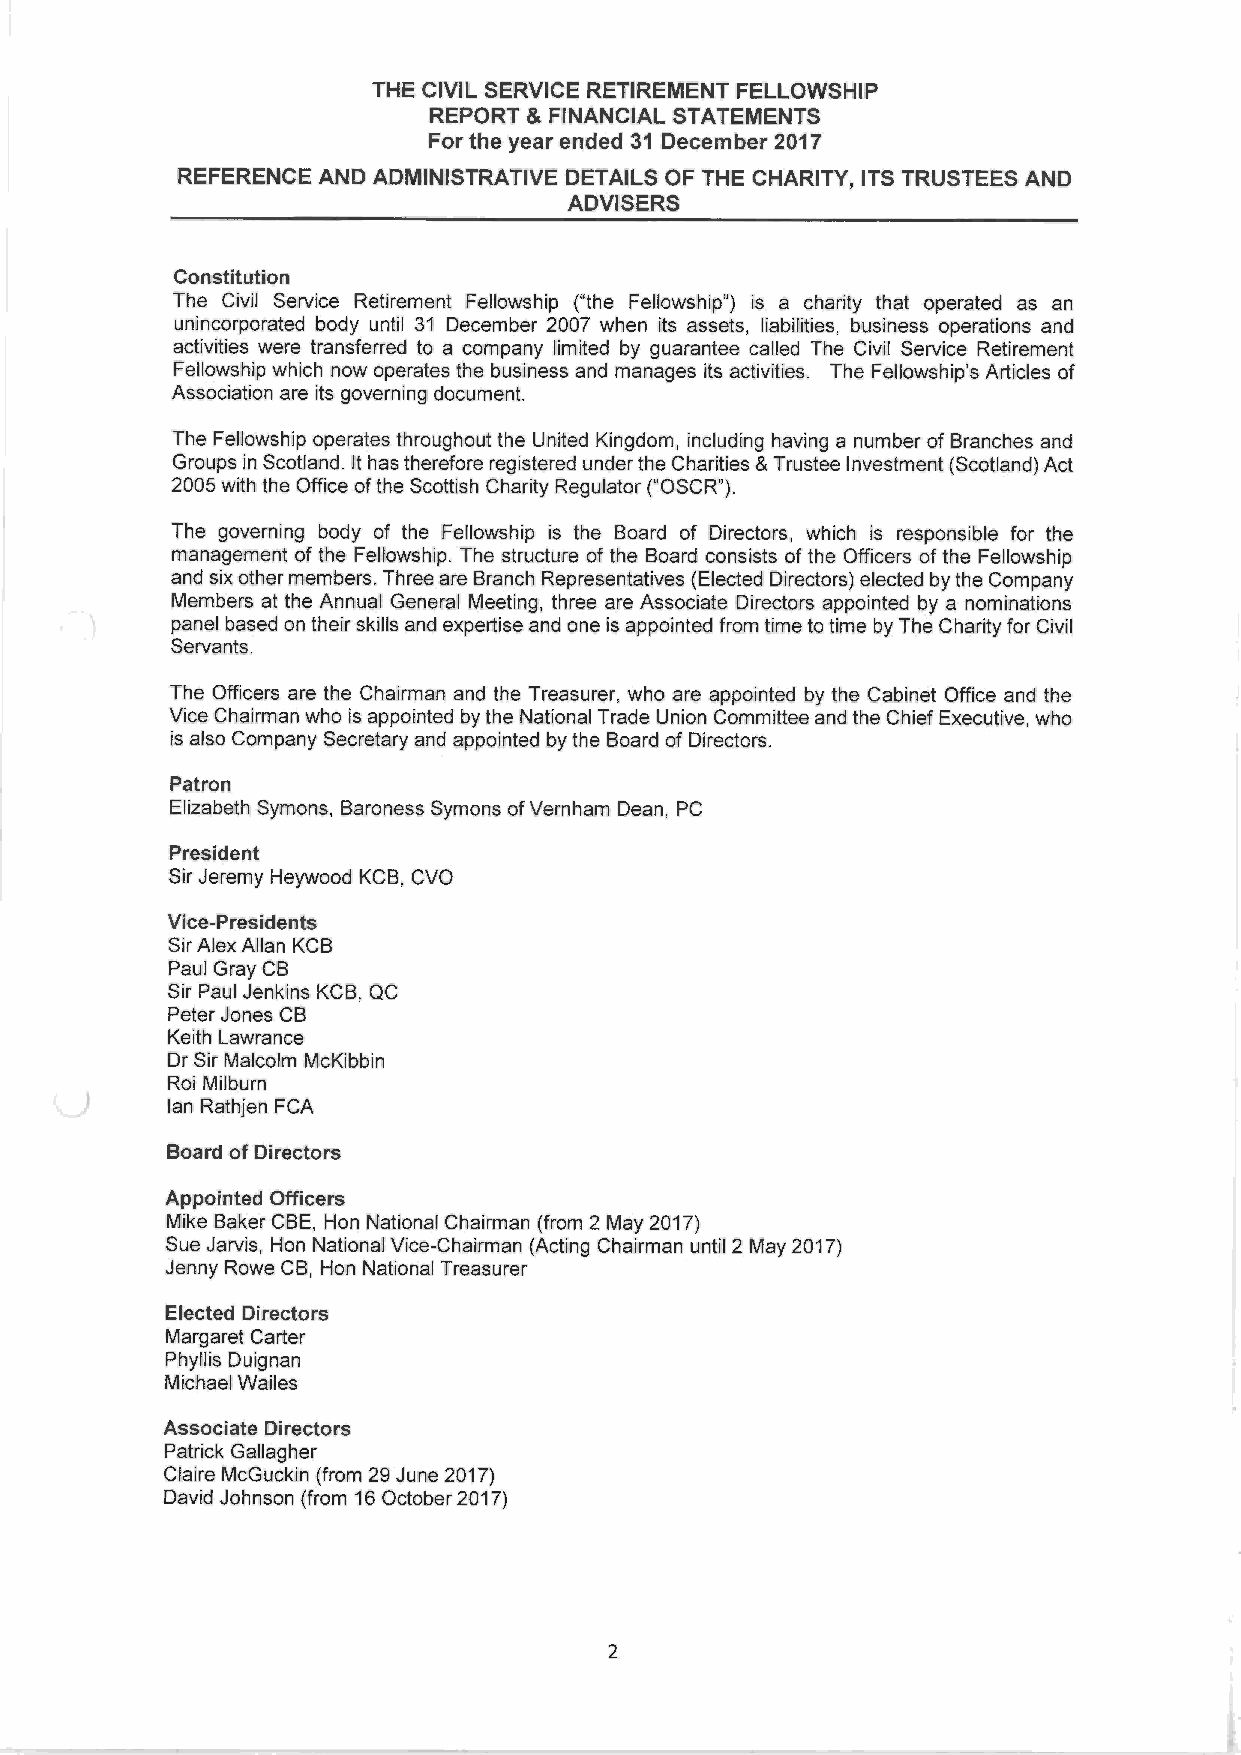
THE CIVIL SERVICE RETIREMENT FELLOWSHIP
 REPORT 8~ FINANCIAL STATEMENTS
 For the year ended 31 December 2017
 REFERENCE AND ADMINISTRATIVE DETAILS OF THE CHARITY, ITS TRUSTEES AND
 ADVISERS
 Constitution
 The Civil Service Retirement Fellowship ("the Fellowship") is a charity that operated as an
 unincorporated body until 31 December 2007 when its assets, liabilities, business operations and
 activities were transferred to a company limited by guarantee called The Civil Service Retirement
 Fellowship which now operates the business and manages its activities. The Fellowship's Articles of
 Association are its governing document.
 The Fellowship operates throughout the United Kingdom, including having a number of Branches and
 Groups in Scotland. It has therefore registered under the Charities &Trustee Investment (Scotland) Act
 2005 with the Office of the Scottish Charity Regulator ("OSCR").
 The governing body of the Fellowship is the Board of Directors, which is responsible for the
 management of the Fellowship. The structure of the Board consists of the Officers of the Fellowship
 and six other members. Three are Branch Representatives (Elected Directors) elected by the Company
 Members at the Annual General Meeting, three are Associate Directors appointed by a nominations
 panel based on their skills and expertise and one is appointed from time to time by The Charity for Civil
 Servants.
 The Officers are the Chairman and the Treasurer, who are appointed by the Cabinet Office and the
 Vice Chairman who is appointed by the National Trade Union Committee and the Chief Executive, who
 is also Company Secretary and appointed by the Board of Directors.
 Patron
 Elizabeth Symons, Baroness Symons of Vernham Dean, PC
 President
 Sir Jeremy Heywood KCB, CVO
 Vice-Presidents
 Sir Alex Allan KCB
 Paul Gray CB
 Sir Paul Jenkins KCB, QC
 Peter Jones CB
 Keith Lawrance
 Dr Sir Malcolm McKibbin
 Roi Milburn
 Ian Rathjen FCA
 Board of Directors
 Appointed Officers
 Mike Baker CBE, Hon National Chairman (from 2 May 2017)
 Sue Jarvis, Hon National Vice-Chairman (Acting Chairman until 2 May 2017)
 Jenny Rowe CB, Hon National Treasurer
 Elected Directors
 Margaret Carter
 Phyllis Duignan
 Michael Wailes
 Associate Directors
 Patrick Gallagher
 Claire McGuckin (from 29 June 2017)
 David Johnson (from 16 October 2017)